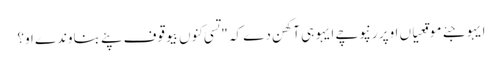
ایہو جئے موقعیاں اوپر رنپوچے ایہو ہی آکھن دے کہ "تسی کِنوں بیوقوف پئے بناوندے او؟